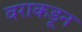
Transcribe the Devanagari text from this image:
वराकडून